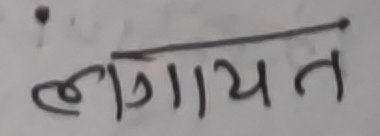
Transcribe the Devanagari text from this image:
लागायन